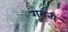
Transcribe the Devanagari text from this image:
गुमती